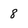
Character: 8